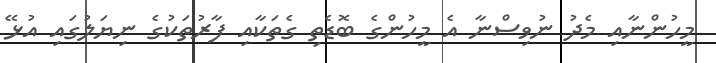
މީހުންނާއި މެދު ނުވިސްނާ އެ މީހުންގެ ބޮޑެތި ގެތަކާއި ފާރުތަކުގެ ނިޔަލުގައި އުޅޭ